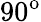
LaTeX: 90^{\mathrm{o}}